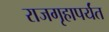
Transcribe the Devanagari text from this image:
राजगृहापर्यंत